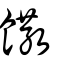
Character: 饊